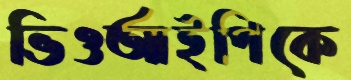
ভিওআইপিকে